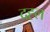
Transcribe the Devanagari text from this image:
दह्ल